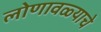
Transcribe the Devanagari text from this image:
लोणावळ्याचे